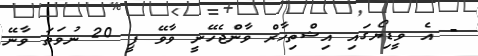
- އެ ވީޑިޔޯގައި އިޝްތިހާރް ވާންޖެހޭނީ ވާވޭ ޕީ 20 ނުވަތަ ވާނޭ